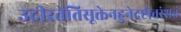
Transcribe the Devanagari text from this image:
उदीरतेतिसूक्तेनहुनेदष्टोत्तरंशतं